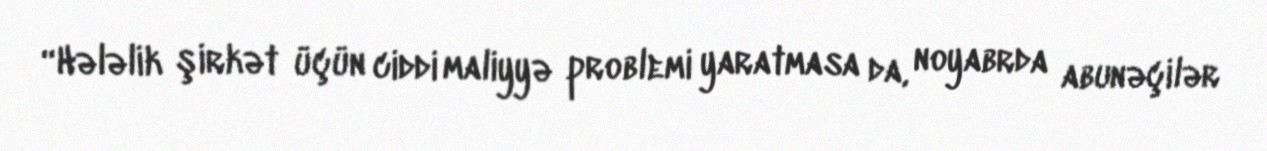
“Hələlik şirkət üçün ciddi maliyyə problemi yaratmasa da, noyabrda abunəçilər